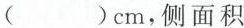
（）cm，侧面积